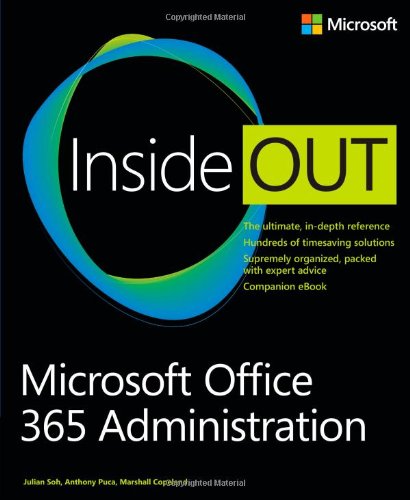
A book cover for Microsoft Office 365 Administration Inside Out; Anthony Puca; Computers & Technology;